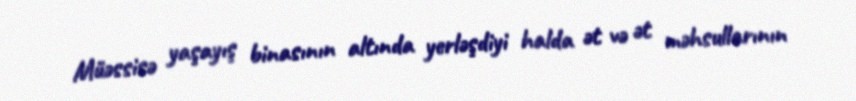
Müəssisə yaşayış binasının altında yerləşdiyi halda ət və ət məhsullarının